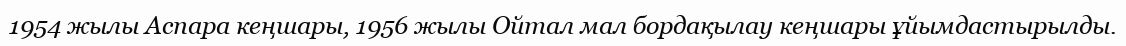
1954 жылы Аспара кеңшары, 1956 жылы Ойтал мал бордақылау кеңшары ұйымдастырылды.